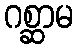
ဂစ္ဆာမ